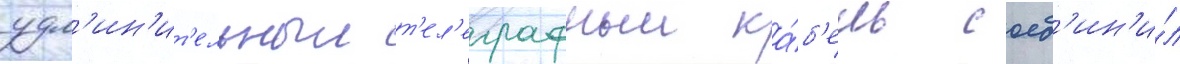
удл'ин'ит'ельныи т'ел'еграфныи ка́б'ель соед'ин'и́л